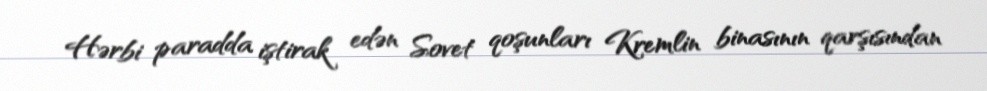
Hərbi paradda iştirak edən Sovet qoşunları Kremlin binasının qarşısından